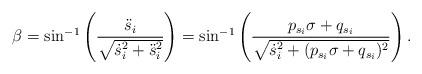
LaTeX: \begin{align*}\beta = \sin^{-1} \left( \frac{\ddot{s}_i }{\sqrt{\dot{s}_i^2+\ddot{s}_i^2}} \right)= \sin^{-1}\left( \frac{p_{s_i}\sigma+q_{s_i} } {\sqrt{\dot{s}_i^2+(p_{s_i}\sigma+q_{s_i})^2}} \right).\end{align*}